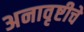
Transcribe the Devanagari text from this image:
अनावृष्टीचे